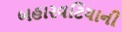
બહારવટિયાની